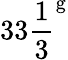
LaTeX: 33{\frac{1}{3}}^{\mathrm{g}}